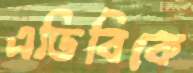
এডিবিকে